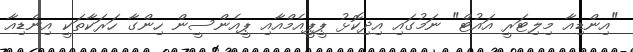
"އިންޑިއާ މިލިޓަރީ އައުޓް" ނަމުގައި އިދިކޮޅު ޕީޕީއެމްއާއި ޕީއެންސީން ހިންގާ ހަރަކާތަކީ އިންޑިއާ